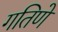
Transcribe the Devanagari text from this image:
गतिणे